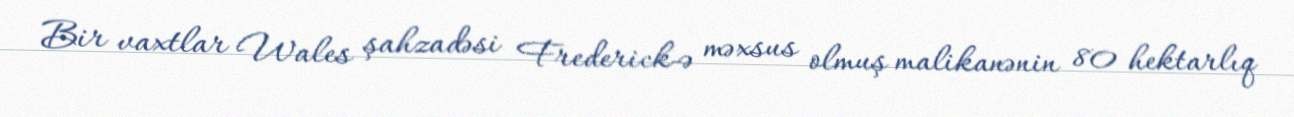
Bir vaxtlar Wales şahzadəsi Frederick-ə məxsus olmuş malikanənin 80 hektarlıq